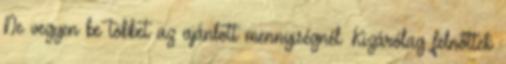
Ne vegyen be többet az ajánlott mennyiségnél. Kizárólag felnőttek